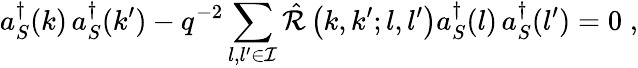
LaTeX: a_{S}^{\dagger}(k)\, a_{S}^{\dagger}(k^{\prime})-q^{-2}\sum_{l,l^{\prime}\in{\cal I}}{\hat{\cal R}}\left(k,k^{\prime};l,l^{\prime}\right)a_{S}^{\dagger}(l)\, a_{S}^{\dagger}(l^{\prime})=0\; ,